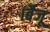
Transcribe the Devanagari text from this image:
।बैजू